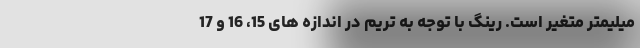
میلیمتر متغیر است. رینگ با توجه به تریم در اندازه های 15، 16 و 17